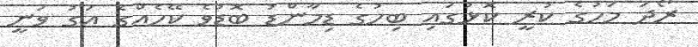
ރޯދަ މަހުގެ ކުރީ ކޮޅުގައި ބިހުގެ ޑިމާންޑު ބޮޑުވެ ކޭހެއްގެ އަގު ވަނީ